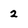
Character: 2